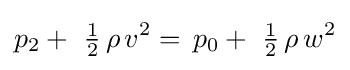
p_{2}+\ {\tfrac {1}{2}}\,\rho \,v^{2}=\,p_{0}+\ {\tfrac {1}{2}}\,\rho \,w^{2}